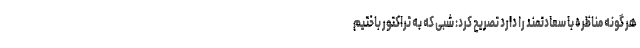
هر گونه مناظره با سعادتمند را دارد تصریح کرد: شبی که به تراکتور باختیم